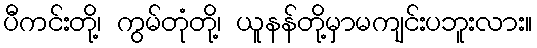
ပီကင်းတို့၊ ကွမ်တုံတို့၊ ယူနန်တို့မှာမကျင်းပဘူးလား။